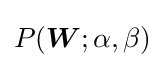
P({\boldsymbol {W}};\alpha ,\beta )